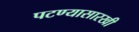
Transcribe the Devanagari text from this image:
पटण्यासारखी